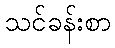
သင်ခန်းစာ